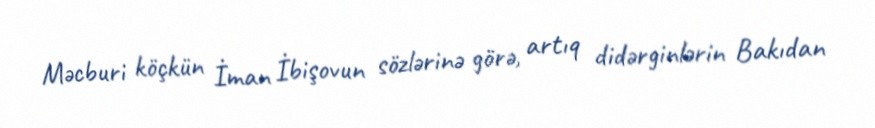
Məcburi köçkün İman İbişovun sözlərinə görə, artıq didərginlərin Bakıdan